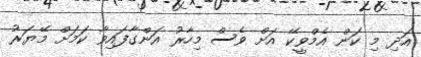
އަދި މި ކަން އެމްވީކޭ އަށް ވެސް މިހާރު އަންގާފައިވާ ކަމަށް މޭޔަރު